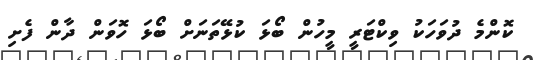
ކޮންމެ ދުވަހަކު ވިކްޓަރީ މީހުން ބޯޅަ ކުޅޭތަނަށް ބޯޅަ ހޮވަން ދާން ފެށި